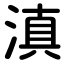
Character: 滇